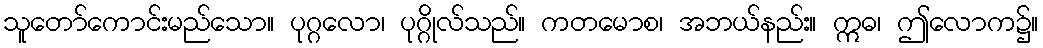
သူတော်ကောင်းမည်သော။ ပုဂ္ဂလော၊ ပုဂ္ဂိုလ်သည်။ ကတမောစ၊ အဘယ်နည်း။ ဣဓ၊ ဤလောက၌။